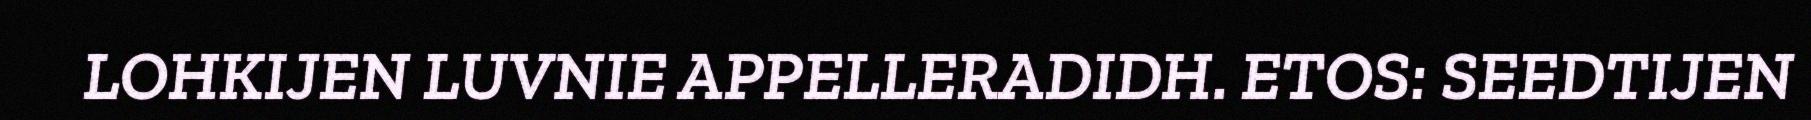
LOHKIJEN LUVNIE APPELLERADIDH. ETOS: SEEDTIJEN